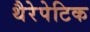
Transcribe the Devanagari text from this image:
थैरेपेटिक